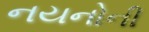
નયનોની